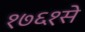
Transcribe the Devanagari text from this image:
१७६१से